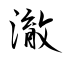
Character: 澈